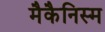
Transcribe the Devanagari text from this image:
मैकैनिस्म